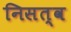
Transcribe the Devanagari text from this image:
निसत्व